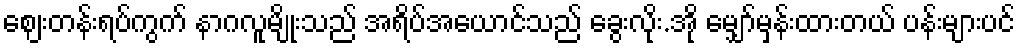
ဈေးတန်းရပ်ကွက် နာဂလူမျိုးသည် အရိပ်အယောင်သည် ခွေးလိုး.အို မျှော်မှန်းထားတယ် ပန်းများပင်